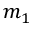
m _ { 1 }